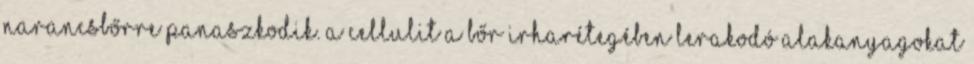
narancsbőrre panaszkodik. A cellulit a bőr irharétegében lerakodó alakanyagokat